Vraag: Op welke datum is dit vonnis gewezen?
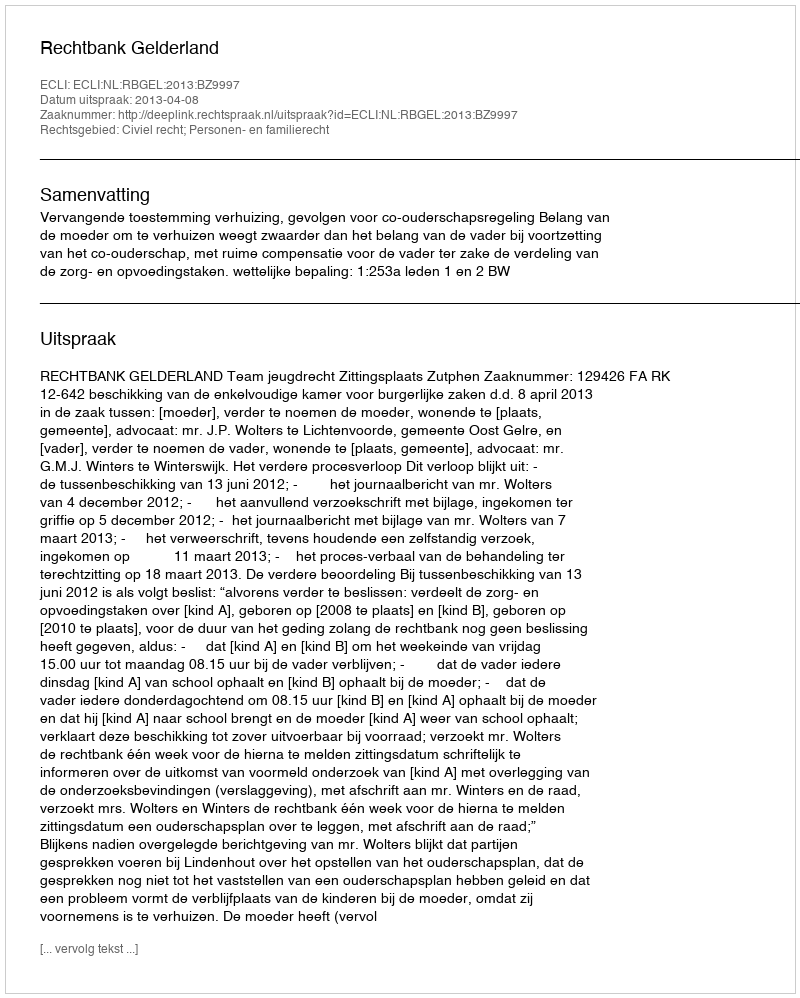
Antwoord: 2013-04-08